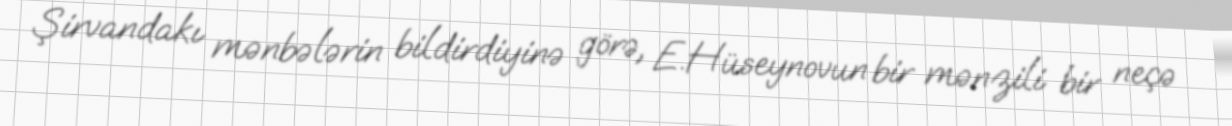
Şirvandakı mənbələrin bildirdiyinə görə, E.Hüseynovun bir mənzili bir neçə